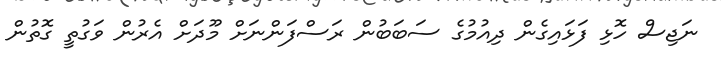
ނަޖިސް ހޮޅި ފަޅައިގެން ދިއުމުގެ ސަބަބުން ރަސްފަންނަށް މޫދަށް އެރުން ވަގުތީ ގޮތުން